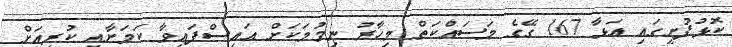
ކޮޅުފުށީގައި އަޅާ 167 ގޭގެ މަސައްކަތް މިހާރު ނިމުމަކަށް އައިސްފައިވާ ކަމަށާއި ކުރިއަށް